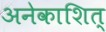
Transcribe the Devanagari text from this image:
अनेकाशित्‌